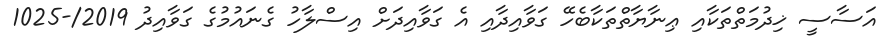
އަސާސީ ޚިދުމަތްތަކާއި ޢިނާޔާތްތަކާބެހޭ ގަވާއިދާއި އެ ގަވާއިދަށް އިސްލާހު ގެނައުމުގެ ގަވާއިދު 2019/-1025